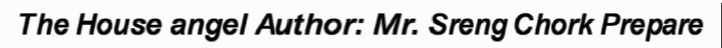
The House angel Author: Mr. Sreng Chork Prepare